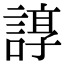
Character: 𧩽